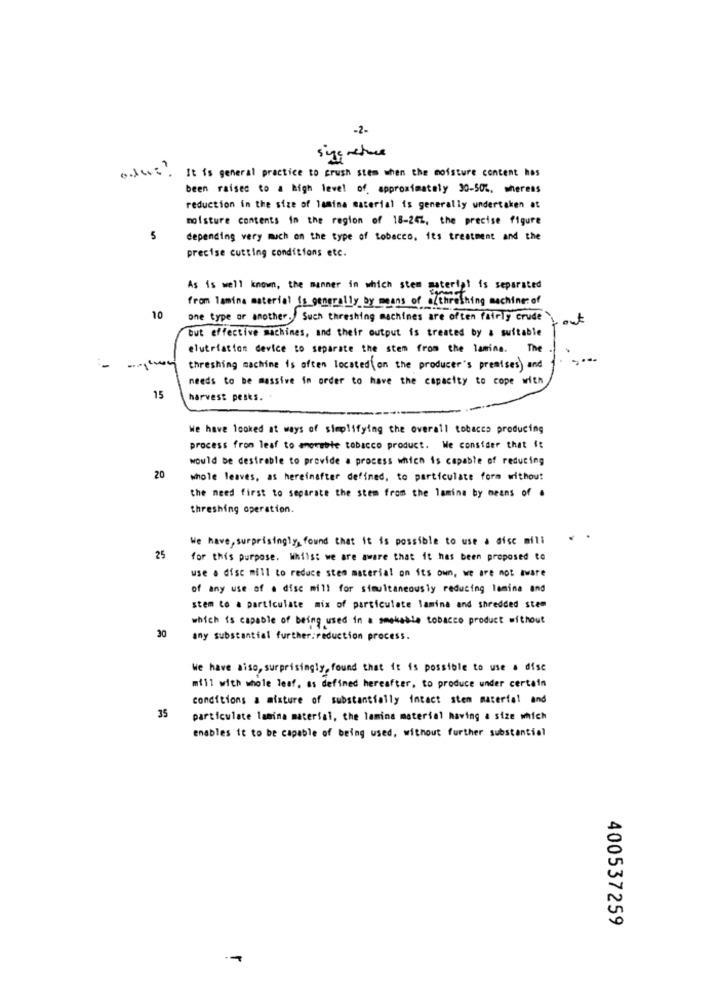
-2-
signature
.. w. It is general practice to crush stem when the moisture content has
been raised to a high level of approximately 30-50%, whereas
reduction in the size of lamina material is generally undertaken at
moisture contents in the region of 18-247, the precise figure
5
depending very much on the type of tobacco, its treatment and the
precise cutting conditions etc.
As is well known, the manner in which stem material is separated
from lamina material is generally by means of a/thrashing machines of
10
one type or another. Such threshing machines are often fairly crude
· out
but effective machines, and their output is treated by a suitable
elutriation device to separate the stem from the lamina. The
---
threshing machine is often located on the producer's premises) and
needs to be massive in order to have the capacity to cope with
15
harvest pesks. .
We have looked at ways of simplifying the overall tobacco producing
process from leaf to enomeble tobacco product. We consider that it
would be desirable to provide a process which is capable of reducing
20
whole leaves, as hereinafter defined, to particulate form without
the need first to separate the stem from the lamina by means of .
threshing operation.
We have, surprisingly, found that it is possible to use a disc mill
25
for this purpose. Whilst we are aware that it has been proposed to
use a disc mill to reduce stem material on its own, we are not aware
of any use of a disc mill for simultaneously reducing lamina and
stem to a particulate mix of particulate lamina and shredded stem
DE
which is capable of being used in a smokable tobacco product without
any substantial further:reduction process.
We have aiso, surprisingly, found that it is possible to use a disc
mill with whole leaf, as defined hereafter, to produce under certain
conditions a mixture of substantially intact sten material and
35
particulate lamina material, the lamina material having a size which
enables it to be capable of being used, without further substantial
400537259